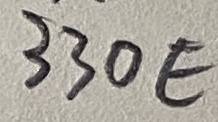
Text: 330E